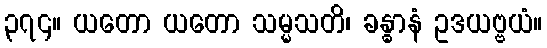
၃၇၄။ ယတော ယတော သမ္မသတိ၊ ခန္ဓာနံ ဥဒယဗ္ဗယံ။